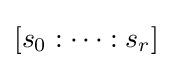
[s_{0}:\dots :s_{r}]